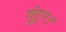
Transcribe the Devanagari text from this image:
गुंटूर।